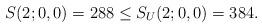
LaTeX: \begin{align*} S(2;0,0) = 288 \le S_U(2;0,0) = 384. \end{align*}